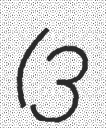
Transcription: (3